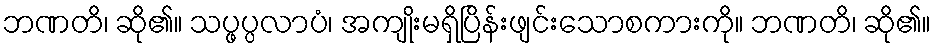
ဘဏတိ၊ ဆို၏။ သပ္ဖပ္ပလာပံ၊ အကျိုးမရှိပြိန်းဖျင်းသောစကားကို။ ဘဏတိ၊ ဆို၏။